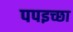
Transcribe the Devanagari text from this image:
पपइच्छा